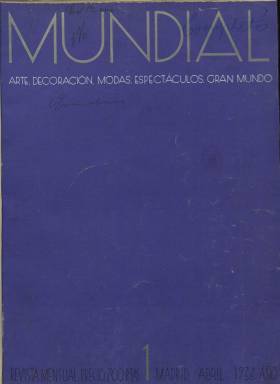
Título: Mundial (Madrid)
Colección: Revistas de información general
Ámbito geográfico: Madrid
Lugar de publicación: Madrid
Fechas: 01/04/1936-31/07/1936

Revista mensual de “artes, decoración, modas, espectáculos, gran mundo” –indica cuando aparece, en abril de 1936–, es fundada y dirigida por el culto tercer marqués de Santo Floro, Agustín de Figueroa y Alonso Martínez (1903-1988), hijo menor del primer marqués de Romanones (1863-1950). Es una publicación de lujo, que supera con creces el medio centenar de páginas por entrega, estampada con esmero en papel cuché, con numerosas ilustraciones, fotografías, dibujos y reproducciones artísticas, algunas de ellas en cuatricromía. En su artículo de presentación hará mención a los “momentos de conmoción” que vivía el mundo, para manifestarse “plenamente apolítica”, apareciendo “sin afanes de lucha, y totalmente al margen de rencores en boga”, para prestar atención al arte, la literatura, y en suma, a la belleza, a través del “eclecticismo” de sus contenidos, y como “sedante de paz y vehículo de unión de los espíritus refinados”. Sus contenidos, tantos textuales como gráficos son de gran calidad.

Previamente, a mediados de marzo, el matrimonio Agustín de Figueroa y María de Gamboa (1910-2012) habían reunido a un selecto grupo de amigos para dar a conocer el proyecto de la revista, encontrándose entre ellos las duquesas de Dato y Peñaranda, las condesas de Berlanga de Duero y Rojas, la consejera de Chile, Morla Lynch, Luis Montiel, Luis Escobar o Edgar Neville, entre otras. Figueroa ya había dirigido una película y era escritor, periodista y dramaturgo conocido, que también había entablado amistad en Francia con Cocteau o Maurois, o participado en tertulias en Madrid con Federico García Lorca, Manuel Altolaguirre o Gabriela Mistral.

Precisamente, en su número dos, la revista publica el poema Gacela de la terrible presencia, de Lorca, pero también publicará en este y otros números colaboraciones de César González Ruano, Edgar Neville, Alfredo Marqueríe, Manuel Bueno, Carlos Pittaluga, Wenceslao Fernández Flórez, Fernando Ortiz de Echagüe o Agustín de Foxá, que escribe unas Notas de mi viaje a Bulgaria. También se dan cita en la revista con otros textos una serie de mujeres, entre las que se encuentran María Cardona, Josefina de la Maza, Margarita de Pedroso, Carolina Toral y Peñaranda, Adela Carbone, Pamela Murray, Marcela de Juan, Sofía Blasco, la condesa de Torrellano o la marquesa de Alquibla.

El primer texto de cada entrega –entre crónica y reportaje– es siempre de Agustín de Figueroa, y la revista tendrá secciones fijas, como Haute coûture, por Every Where (seudónimo); Decoración, por A.F.Y; Treinta días de cine, por José L. Salado; Notas de un cronista, por Jaime de Tournay; Crónica teatral, por Juan de Andraix; La actualidad musical, por Antonio de las Heras, o Modas, por Martine Renier. Prestará atención a la vida mundana, a estrenos teatrales, espacios paisajísticos, retratos de ciudades, a los deportes, como el automovilismo o el polo en Puerta de Hierro, al cine, teatro, pintura y exposiciones o a notas de actualidad.

Inserta valiosas ilustraciones de Hidalgo de Caviedes, Carlos Sáez de Tejada, Teodoro Miciano, Grau Sala, Federico Ribas, Serge Rovinsky, Gustavo Becarisa, Herwim Hubert, Constantino Zanesco, José Pico, F. Hulton o Sernyt. Sus fotografías son, entre otros, de José Suárez, Otto Pless, Sibylle de Kaskel, Díez de Santos o Henri Manuel.

Publica retratos fotográficos de las marquesas del Mérito y de Montpensier o de la condesa de Teba; inserta un dibujo inédito de Méndez Bringa, de 1890; reproducciones pictóricas, como unas de Picasso o de Grau Sala, con motivo de exposiciones recientes; de vistas de Ibiza, Mallorca, el puerto de Palma, del parador de Ifach, de Trieste, de Nuevo México, de actrices cinematográficas internacionales, o la de Miguel de Unamuno, realizada por José Suárez.

Sólo editó cuatro entregas, correspondiendo la última a julio de 1936. Tras comenzar la guerra civil, Agustín de Figueroa sería detenido y encarcelado en Madrid a principios del mes de agosto, siendo salvado de ser fusilado. Sobre esta experiencia escribió Memorias del recluso Figueroa. En la década de los cincuenta comenzó a editar y dirigir: Gran mundo ilustrado: revista gráfica semanal.